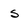
Character: s